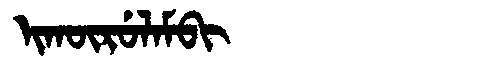
Manchu: ᡳᡴᡡᡵᡠᠯᠠᠮᠪᡳ
Romanization: IKŪRULAMBI